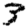
Digit: 3